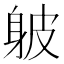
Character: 𨈵